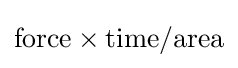
\mathrm {force\times time/area}